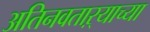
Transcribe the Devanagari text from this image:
अतिनवताऱ्याच्या